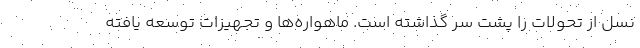
نسل از تحولات را پشت سر گذاشته است. ماهواره‌ها و تجهیزات توسعه یافته